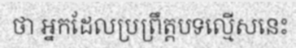
ថា អ្នកដែលប្រព្រឹត្តបទល្មើសនេះ